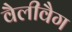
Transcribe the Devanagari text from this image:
वैलीवैग